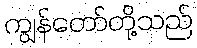
ကျွန်တော်တို့သည်